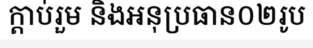
ក្តាប់រួម និងអនុប្រធាន០២រូប